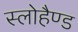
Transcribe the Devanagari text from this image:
स्लोहैण्ड